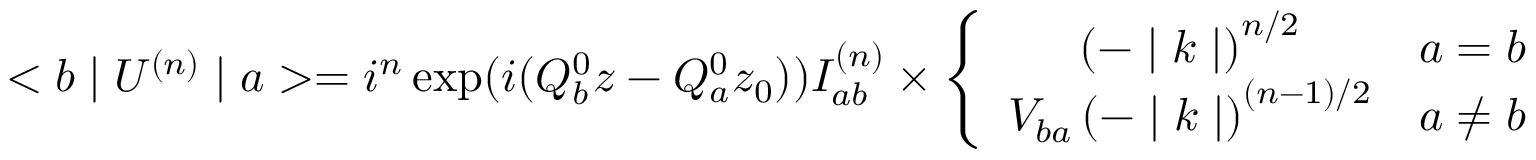
< b \mid U ^ { ( n ) } \mid a > = i ^ { n } \exp ( i ( Q _ { b } ^ { 0 } z - Q _ { a } ^ { 0 } z _ { 0 } ) ) I _ { a b } ^ { ( n ) } \times \left\{ \begin{array} { c c } { { \left( - \mid k \mid \right) ^ { n / 2 } } } & { { a = b } } \\ { { V _ { b a } \left( - \mid k \mid \right) ^ { ( n - 1 ) / 2 } } } & { { a \not = b } } \end{array} \right.